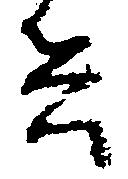
兵